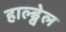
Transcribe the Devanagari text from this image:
हाल्ड्वेल